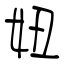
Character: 妞